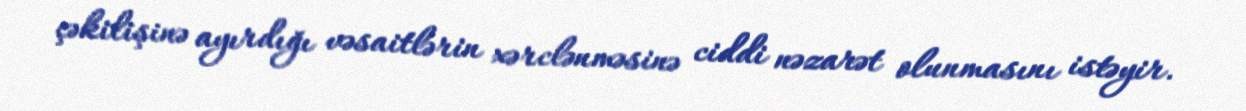
çəkilişinə ayırdığı vəsaitlərin xərclənməsinə ciddi nəzarət olunmasını istəyir.